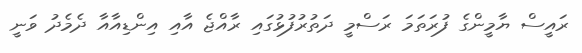
ރައީސް ޔާމީންގެ ފުރަތަމަ ރަސްމީ ދަތުރުފުޅުގައި ރާއްޖެ އާއި އިންޑިއާއާ ދެމެދު ވަނީ